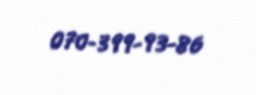
070-399-93-86